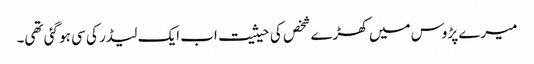
میرے پڑوس میں کھڑے شخص کی حیثیت اب ایک لیڈر کی سی ہو گئی تھی۔